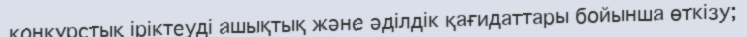
конкурстық іріктеуді ашықтық және әділдік қағидаттары бойынша өткізу;